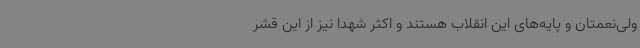
ولی‌نعمتان و پایه‌های این انقلاب هستند و اکثر شهدا نیز از این قشر